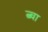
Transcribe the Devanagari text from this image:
त्व्चा